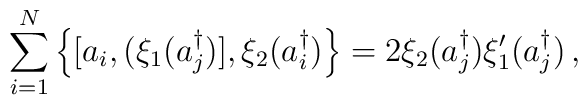
\sum_{i=1}^N \left \{ [ a_i, (\xi_1 (a_j^\dagger )], \xi_2(a_i^\dagger )\right\} = 2\xi_2  (a_j^\dagger ) \xi^\prime_1 (a_j^\dagger)\,,